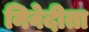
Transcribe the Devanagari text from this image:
निवेदीता